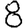
Digit: 8